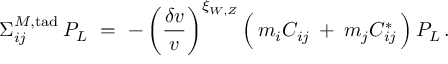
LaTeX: \Sigma _ { i j } ^ { M , \mathrm { t a d } } \, P _ { L } \ = \ - \, \bigg ( \frac { \delta v } { v } \bigg ) ^ { \xi _ { W , Z } } \, \Big ( \, m _ { i } C _ { i j } \: + \: m _ { j } C _ { i j } ^ { * } \, \Big ) \, P _ { L } \, .